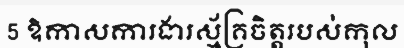
5 ឱកាសការងារស្ម័គ្រចិត្តរបស់កុល